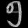
Digit: ၅